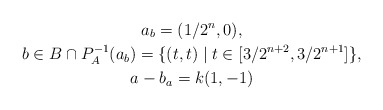
\begin{gather*}a_b=(1/2^n,0),\\b\in B\cap P_A^{-1}(a_b)=\{(t,t)\mid t\in [3/2^{n+2},3/2^{n+1}]\},\\a-b_a=k(1,-1)\end{gather*}